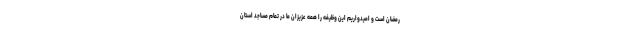
رمضان است و امیدواریم این وظیفه را همه عزیزان ما در تمام مساجد استان